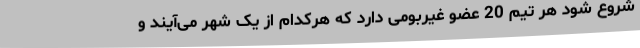
شروع شود هر تیم 20 عضو غیربومی دارد که هرکدام از یک شهر می‌آیند و